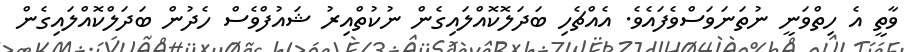
ވާތީ އެ ހިތްވަނީ ނުތަނަވަސްވެފައެވެ. އެއްޗެހި ބަދަލޮކޮއްލައިގެން ނުކުތްއިރު ޝައުފްވެސް ހެދުން ބަދަލްކޮއްލައިގެން